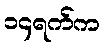
၁၄ရက်က